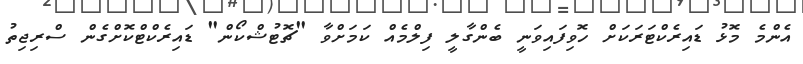
އެންމެ މޮޅު ޑައިރެކްޓަރަކަށް ހޮވިފައިވަނީ ބެންގާލީ ފިލްމެއް ކަމަށްވާ "ޗޮޓުޝްކޯން" ޑައިރެކްޓްކޮށްގެން ސްރިޖިތު